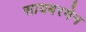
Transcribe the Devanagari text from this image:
सायबरमेन